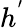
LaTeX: h^{'}